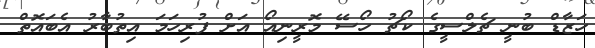
ހަޒާޑް ބުނީ ޗެލްސީގެ ކޯޗު ހޯސޭ މޮރީނިއޯ އަށް ފުރިހަމަ އިތުބާރު އެބައޮތް